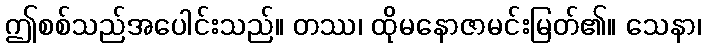
ဤစစ်သည်အပေါင်းသည်။ တဿ၊ ထိုမနောဇာမင်းမြတ်၏။ သေနာ၊